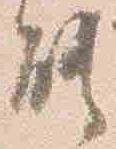
能